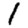
Digit: 1